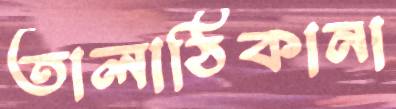
তালাঠিকানা